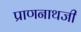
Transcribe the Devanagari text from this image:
प्राणनाथजी